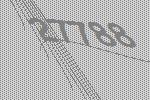
27788